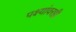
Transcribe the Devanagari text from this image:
पक्ष्यांवरही